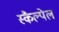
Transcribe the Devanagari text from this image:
स्कैल्पेल